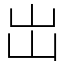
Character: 岀